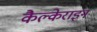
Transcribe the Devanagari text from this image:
कैल्‍केराइन